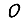
Digit: 0